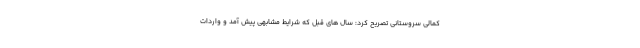
کمالی سروستانی تصریح کرد: سال های قبل که شرایط مشابهی پیش آمد و واردات